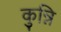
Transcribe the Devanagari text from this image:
कुन्नि